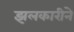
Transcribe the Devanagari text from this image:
झलकारीने